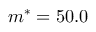
m ^ { * } = 5 0 . 0